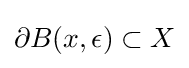
\partial B(x,\epsilon )\subset X